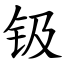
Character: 钑